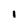
Character: 1